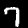
Label: 7